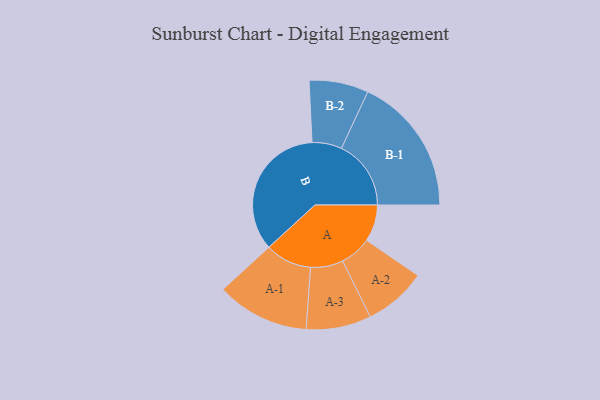
{"axis": {"x": "Segment", "y": "Value"}, "legend": ["", "A", "B"], "data": [{"x": "A", "y": 129, "type": ""}, {"x": "B", "y": 487, "type": ""}, {"x": "A-1", "y": 163, "type": "A"}, {"x": "A-2", "y": 110, "type": "A"}, {"x": "A-3", "y": 114, "type": "A"}, {"x": "B-1", "y": 244, "type": "B"}, {"x": "B-2", "y": 104, "type": "B"}]}